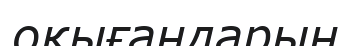
оқығандарын